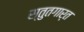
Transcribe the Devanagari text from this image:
स्तुतगार्त